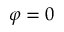
\varphi = 0